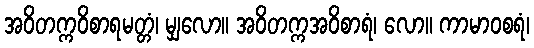
အဝိတက္ကဝိစာရမတ္တံ၊ မျှလော။ အဝိတက္ကအဝိစာရံ၊ လော။ ကာမာဝစရံ၊